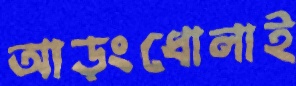
আড়ংধোলাই